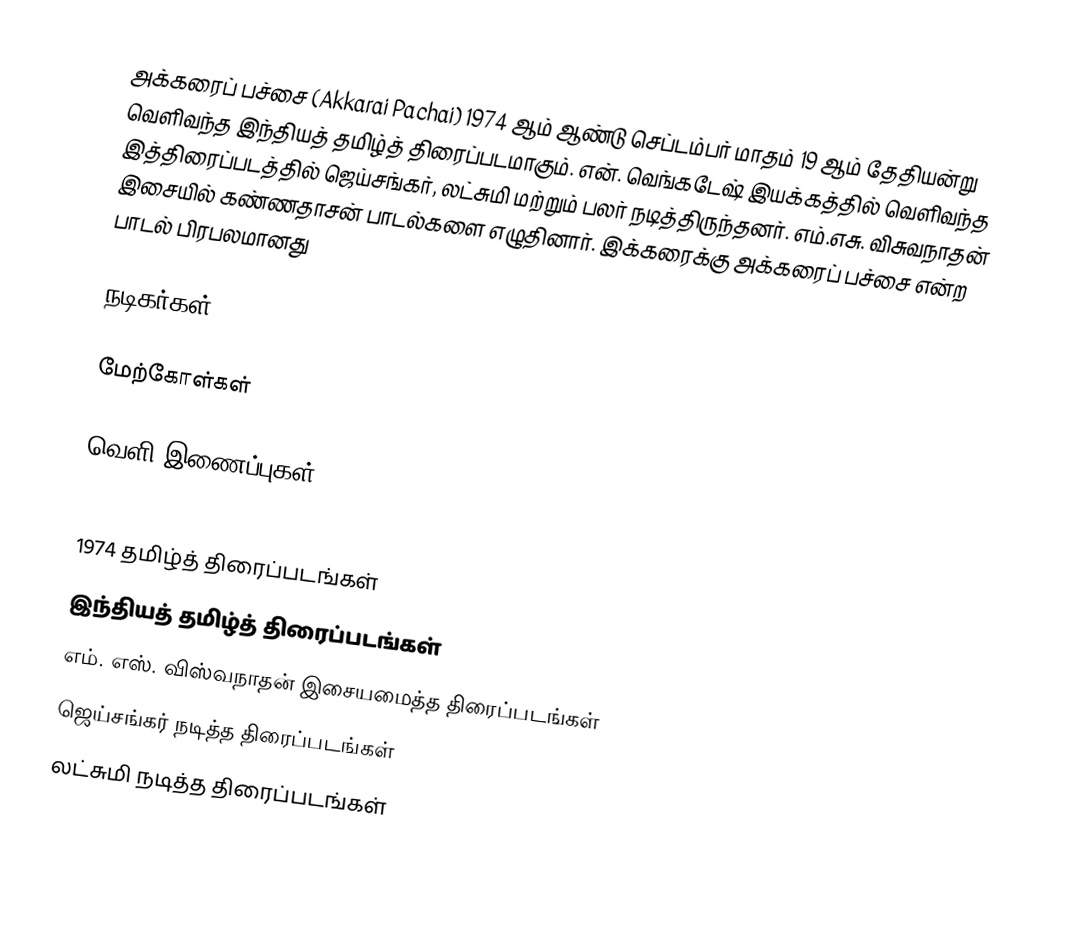
அக்கரைப் பச்சை (Akkarai Pachai) 1974 ஆம் ஆண்டு செப்டம்பர் மாதம் 19 ஆம் தேதியன்று வெளிவந்த இந்தியத் தமிழ்த் திரைப்படமாகும். என். வெங்கடேஷ் இயக்கத்தில் வெளிவந்த இத்திரைப்படத்தில் ஜெய்சங்கர், லட்சுமி  மற்றும் பலர் நடித்திருந்தனர். எம்.எசு. விசுவநாதன் இசையில் கண்ணதாசன் பாடல்களை எழுதினார். இக்கரைக்கு அக்கரைப் பச்சை என்ற பாடல் பிரபலமானது

நடிகர்கள்

மேற்கோள்கள்

வெளி இணைப்புகள்

1974 தமிழ்த் திரைப்படங்கள்
இந்தியத் தமிழ்த் திரைப்படங்கள்
எம். எஸ். விஸ்வநாதன் இசையமைத்த திரைப்படங்கள்
ஜெய்சங்கர் நடித்த திரைப்படங்கள்
லட்சுமி நடித்த திரைப்படங்கள்